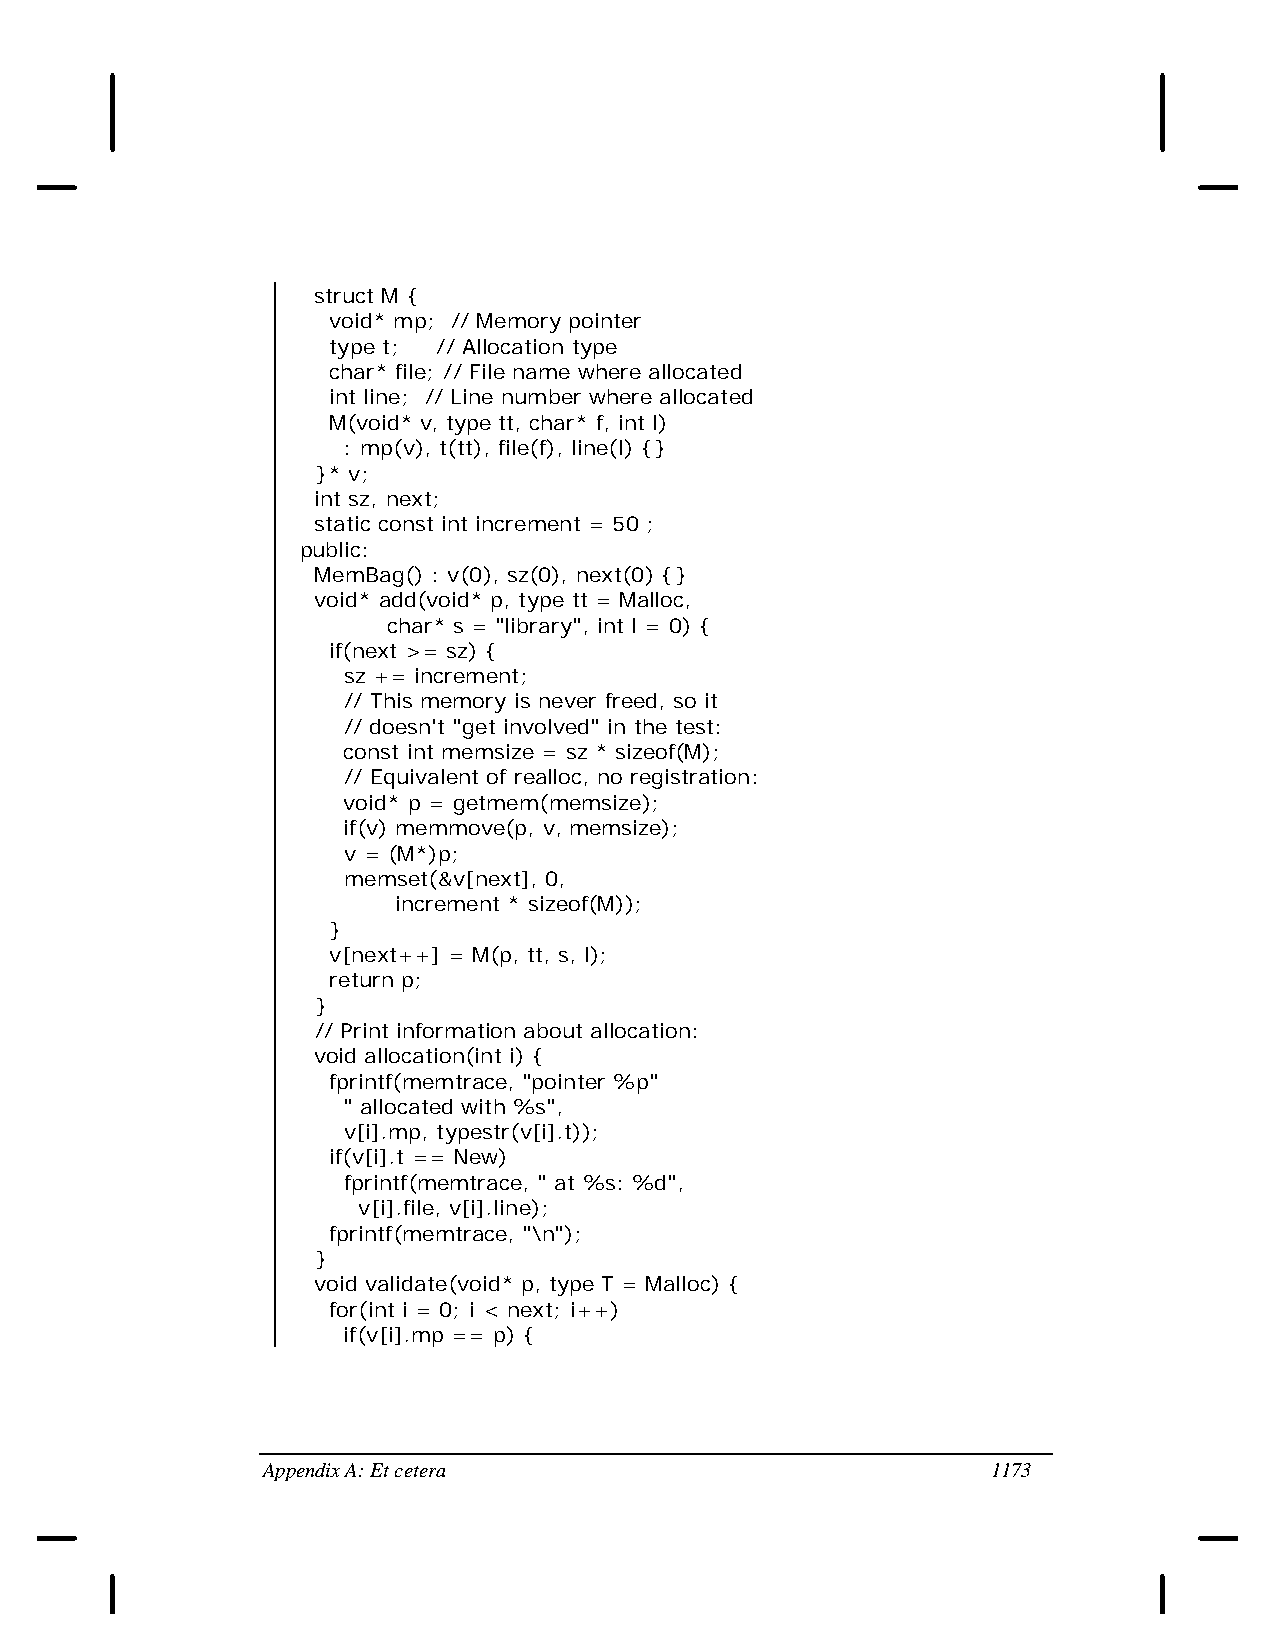
struct M {
 void* mp; // Memory pointer
 type t; // Allocation type
 char* file; // File name where allocated
 int line; // Line number where allocated
 M(void* v, type tt, char* f, int l)
 : mp(v), t(tt), file(f), line(l) {}
 }* v;
 int sz, next;
 static const int increment = 50 ;
 public:
 MemBag() : v(0), sz(0), next(0) {}
 void* add(void* p, type tt = Malloc,
 char* s = "library", int l = 0) {
 if(next >= sz) {
 sz += increment;
 // This memory is never freed, so it
 // doesn't "get involved" in the test:
 const int memsize = sz * sizeof(M);
 // Equivalent of realloc, no registration:
 void* p = getmem(memsize);
 if(v) memmove(p, v, memsize);
 v = (M*)p;
 memset(&v[next], 0,
 increment * sizeof(M));
 }
 v[next++] = M(p, tt, s, l);
 return p;
 }
 // Print information about allocation:
 void allocation(int i) {
 fprintf(memtrace, "pointer %p"
 " allocated with %s",
 v[i].mp, typestr(v[i].t));
 if(v[i].t == New)
 fprintf(memtrace, " at %s: %d",
 v[i].file, v[i].line);
 fprintf(memtrace, "\n");
 }
 void validate(void* p, type T = Malloc) {
 for(int i = 0; i < next; i++)
 if(v[i].mp == p) {
 Appendix A: Et cetera                            1173